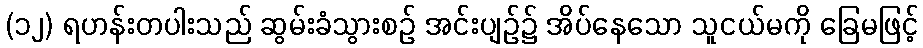
(၁၂) ရဟန်းတပါးသည် ဆွမ်းခံသွားစဉ် အင်းပျဉ်၌ အိပ်နေသော သူငယ်မကို ခြေမဖြင့်